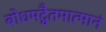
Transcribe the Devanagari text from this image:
बोधमद्वैतमात्मानं